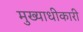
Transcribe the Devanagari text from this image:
मुख्याधीकारी